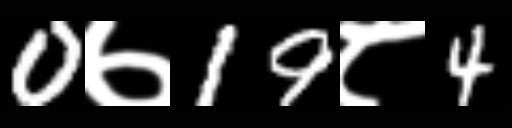
Text: 0७19८4